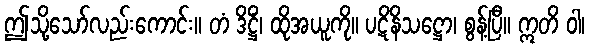
ဤသို့သော်လည်းကောင်း။ တံ ဒိဋ္ဌိံ၊ ထိုအယူကို။ ပဋိနိသဋ္ဌော၊ စွန့်ပြီ။ ဣတိ ဝါ၊